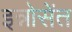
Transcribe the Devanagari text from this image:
इन्नोसेंत